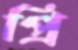
প্রি